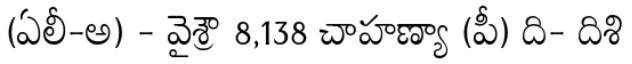
(ఏలీ-అ) - వైశ్రౌ 8,138 చాహణ్యా (పీ) ది- దిశి